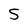
Character: 5